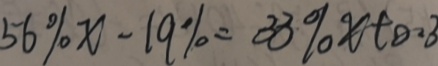
5 6 \% x - 1 9 \% = 3 3 \% x + 0 . 3